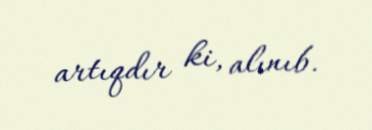
artıqdır ki, alınıb.